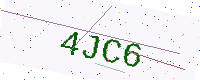
Text: 4JC6